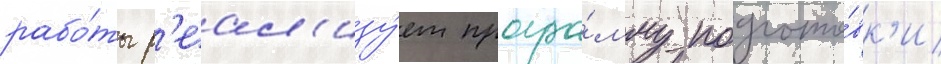
рабо́ты р'еал'изу́ет програ́мму подгото́вк'и